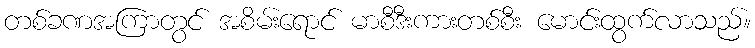
တစ်ခဏအကြာတွင် အစိမ်းရောင် မာစီဒီးကားတစ်စီး မောင်းထွက်လာသည်။